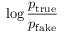
\log { \frac { p _ { \mathrm { t r u e } } } { p _ { \mathrm { f a k e } } } }